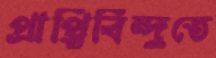
প্রাপ্তিবিন্দুতে